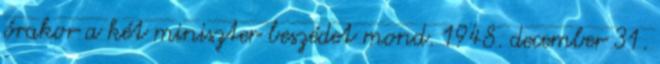
órakor a két miniszter beszédet mond. 1948. december 31.